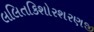
લલિતકિશોરશરણજી